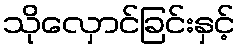
သိုလှောင်ခြင်းနှင့်